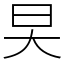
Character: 旲